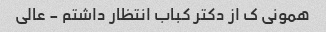
همونی ک از دکتر کباب انتظار داشتم - عالی